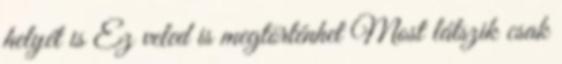
helyét is Ez veled is megtörténhet Most látszik csak